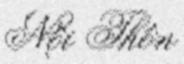
Nội Thôn